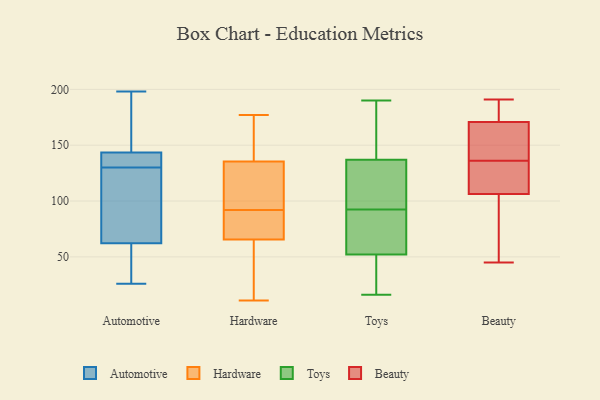
{"axis": {"x": "Active Users", "y": "Value"}, "legend": ["Automotive", "Beauty", "Hardware", "Toys"], "data": [{"x": "", "y": 195, "type": "Automotive"}, {"x": "", "y": 56, "type": "Automotive"}, {"x": "", "y": 131, "type": "Automotive"}, {"x": "", "y": 120, "type": "Automotive"}, {"x": "", "y": 58, "type": "Automotive"}, {"x": "", "y": 198, "type": "Automotive"}, {"x": "", "y": 26, "type": "Automotive"}, {"x": "", "y": 167, "type": "Automotive"}, {"x": "", "y": 49, "type": "Automotive"}, {"x": "", "y": 142, "type": "Automotive"}, {"x": "", "y": 160, "type": "Automotive"}, {"x": "", "y": 131, "type": "Automotive"}, {"x": "", "y": 139, "type": "Automotive"}, {"x": "", "y": 144, "type": "Automotive"}, {"x": "", "y": 119, "type": "Automotive"}, {"x": "", "y": 31, "type": "Automotive"}, {"x": "", "y": 75, "type": "Automotive"}, {"x": "", "y": 130, "type": "Automotive"}, {"x": "", "y": 89, "type": "Automotive"}, {"x": "", "y": 37, "type": "Hardware"}, {"x": "", "y": 121, "type": "Hardware"}, {"x": "", "y": 11, "type": "Hardware"}, {"x": "", "y": 164, "type": "Hardware"}, {"x": "", "y": 55, "type": "Hardware"}, {"x": "", "y": 149, "type": "Hardware"}, {"x": "", "y": 81, "type": "Hardware"}, {"x": "", "y": 127, "type": "Hardware"}, {"x": "", "y": 38, "type": "Hardware"}, {"x": "", "y": 98, "type": "Hardware"}, {"x": "", "y": 177, "type": "Hardware"}, {"x": "", "y": 69, "type": "Hardware"}, {"x": "", "y": 83, "type": "Hardware"}, {"x": "", "y": 172, "type": "Hardware"}, {"x": "", "y": 131, "type": "Hardware"}, {"x": "", "y": 92, "type": "Hardware"}, {"x": "", "y": 71, "type": "Hardware"}, {"x": "", "y": 107, "type": "Toys"}, {"x": "", "y": 102, "type": "Toys"}, {"x": "", "y": 16, "type": "Toys"}, {"x": "", "y": 137, "type": "Toys"}, {"x": "", "y": 38, "type": "Toys"}, {"x": "", "y": 80, "type": "Toys"}, {"x": "", "y": 97, "type": "Toys"}, {"x": "", "y": 66, "type": "Toys"}, {"x": "", "y": 52, "type": "Toys"}, {"x": "", "y": 165, "type": "Toys"}, {"x": "", "y": 34, "type": "Toys"}, {"x": "", "y": 177, "type": "Toys"}, {"x": "", "y": 190, "type": "Toys"}, {"x": "", "y": 88, "type": "Toys"}, {"x": "", "y": 176, "type": "Beauty"}, {"x": "", "y": 191, "type": "Beauty"}, {"x": "", "y": 146, "type": "Beauty"}, {"x": "", "y": 130, "type": "Beauty"}, {"x": "", "y": 142, "type": "Beauty"}, {"x": "", "y": 127, "type": "Beauty"}, {"x": "", "y": 164, "type": "Beauty"}, {"x": "", "y": 50, "type": "Beauty"}, {"x": "", "y": 102, "type": "Beauty"}, {"x": "", "y": 90, "type": "Beauty"}, {"x": "", "y": 140, "type": "Beauty"}, {"x": "", "y": 173, "type": "Beauty"}, {"x": "", "y": 48, "type": "Beauty"}, {"x": "", "y": 176, "type": "Beauty"}, {"x": "", "y": 119, "type": "Beauty"}, {"x": "", "y": 45, "type": "Beauty"}, {"x": "", "y": 136, "type": "Beauty"}, {"x": "", "y": 124, "type": "Beauty"}, {"x": "", "y": 174, "type": "Beauty"}]}